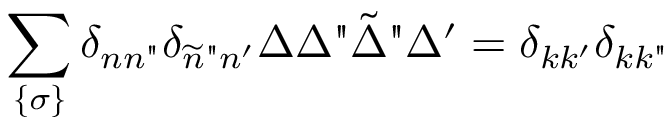
\sum _ { \{ \sigma \} } \delta _ { n n " } \delta _ { \widetilde { n } " n ^ { \prime } } \Delta \Delta " \tilde { \Delta } " \Delta ^ { \prime } = \delta _ { k k ^ { \prime } } \delta _ { k k " }